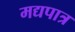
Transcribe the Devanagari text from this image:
मद्यपात्र